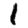
Digit: 1